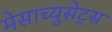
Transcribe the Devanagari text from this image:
मेसाच्युसेट्स